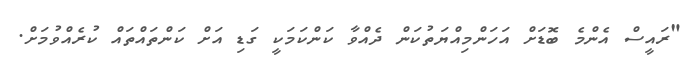
"ރައީސް އެންމެ ބޮޑަށް އަހަންމިއްޔަތުކަން ދެއްވާ ކަންކަމަކީ ގަޑި އަށް ކަންތައްތައް ކުރެއްވުމަށް.